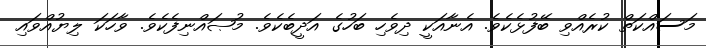
މަސައްކަތް ކުރެއްވި ބޭފުޅެކެވެ. އެނާއަކީ ދިވެހި ބަހުގެ އަދީބެކެވެ. މުޞައްނިފެކެވެ. ވާހަކަ ލިޔުއްވައި